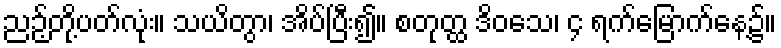
ညဉ့်တို့ပတ်လုံး။ သယိတွာ၊ အိပ်ပြီး၍။ စတုတ္ထ ဒိဝသေ၊ ၄ ရက်မြောက်နေ့၌။